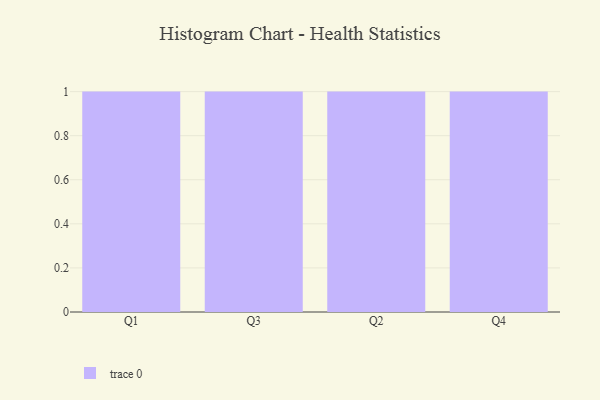
{"axis": {"x": "Quarter", "y": "Latency (ms)"}, "legend": [""], "data": [{"x": "Q1", "y": 40, "type": ""}, {"x": "Q3", "y": 4, "type": ""}, {"x": "Q2", "y": 5, "type": ""}, {"x": "Q4", "y": 77, "type": ""}]}